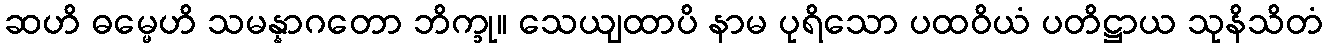
ဆဟိ ဓမ္မေဟိ သမန္နာဂတော ဘိက္ခု။ သေယျထာပိ နာမ ပုရိသော ပထဝိယံ ပတိဋ္ဌာယ သုနိသိတံ